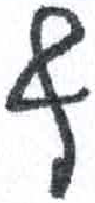
אות: ף